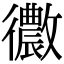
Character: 𢖢